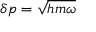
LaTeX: \delta p = { \sqrt { h m \omega } }